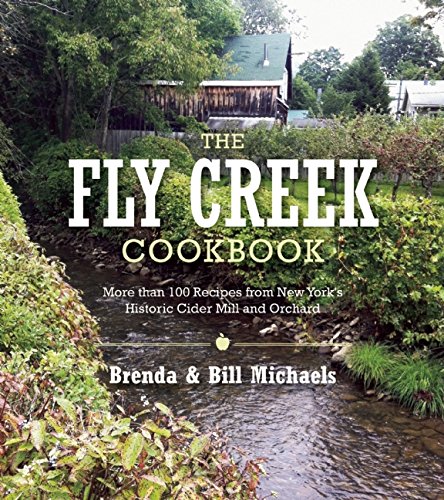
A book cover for The Fly Creek Cider Mill Cookbook: More than 100 Great Apple Recipes; Brenda Palmer Michaels; Cookbooks, Food & Wine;